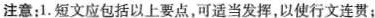
注意:1.短文应包括以上要点,可适当发挥,以使行文连贯;